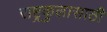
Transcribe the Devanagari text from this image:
राष्ट्रकुलासाठी